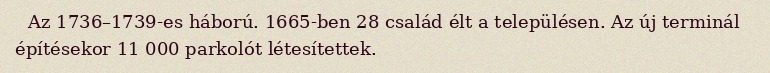
Az 1736–1739-es háború. 1665-ben 28 család élt a településen. Az új terminál építésekor 11 000 parkolót létesítettek.